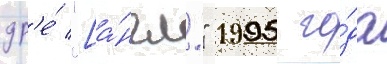
др'е́ "[а́нгл." 1995 го́да